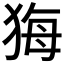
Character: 𤞦